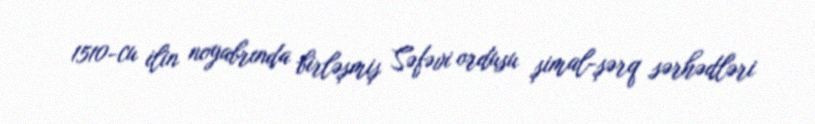
1510-cu ilin noyabrında birləşmiş Səfəvi ordusu şimal-şərq sərhədləri